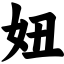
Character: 妞